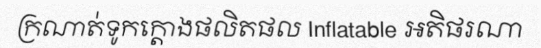
ក្រណាត់ទូកក្តោងផលិតផល Inflatable អតិផរណា